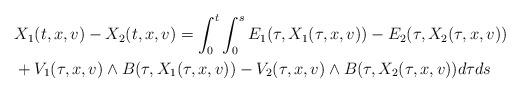
LaTeX: \begin{align*}\begin{aligned}&X_1(t,x,v)-X_2(t,x,v)=\int_{0}^{t} \int_{0}^{s}E_1(\tau,X_1(\tau,x,v))-E_2(\tau,X_2(\tau,x,v))\\& +V_1(\tau,x,v) \wedge B(\tau,X_1(\tau,x,v))-V_2(\tau,x,v) \wedge B(\tau,X_2(\tau,x,v))d\tau ds\end{aligned}\end{align*}